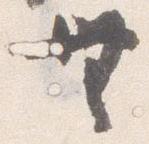
無